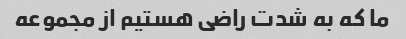
ما که به شدت راضی هستیم از مجموعه